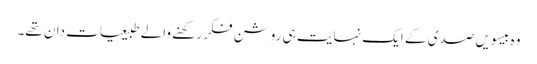
وہ بیسویں صدی کے ایک نہایت ہی روشن فکر رکھنے والے طبیعیات دان تھے۔